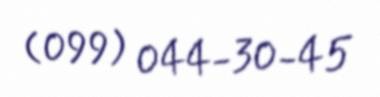
(099) 044-30-45